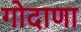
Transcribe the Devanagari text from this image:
गोदाणा